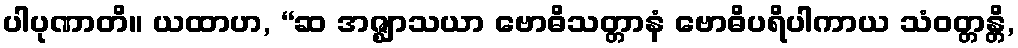
ပါပုဏာတိ။ ယထာဟ, “ဆ အဇ္ဈာသယာ ဗောဓိသတ္တာနံ ဗောဓိပရိပါကာယ သံဝတ္တန္တိ,